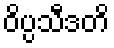
ဝိပ္ပသီဒတိ